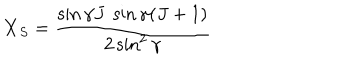
LaTeX: { \bf X } _ { S } = \frac { \sin \gamma J \ \sin \gamma ( J + 1 ) } { 2 \sin ^ { 2 } \gamma } \,